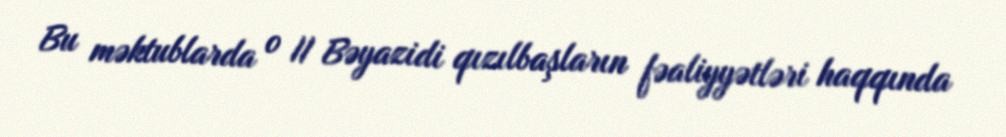
Bu məktublarda o II Bəyazidi qızılbaşların fəaliyyətləri haqqında